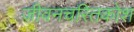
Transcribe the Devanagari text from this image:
जीवनचरितकोश